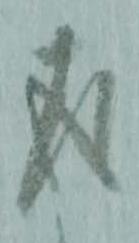
返